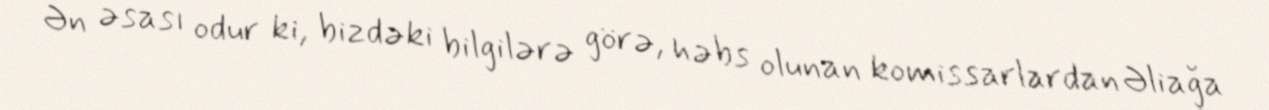
Ən əsası odur ki, bizdəki bilgilərə görə, həbs olunan komissarlardan Əliağa